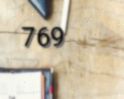
769